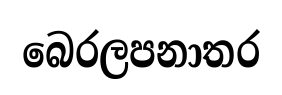
බෙරලපනාතර